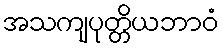
အသကျပုတ္တိယဘာဝံ